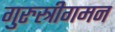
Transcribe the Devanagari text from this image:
गुरुस्त्रीगमन